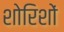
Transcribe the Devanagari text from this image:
शोरिशों